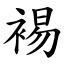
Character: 裼